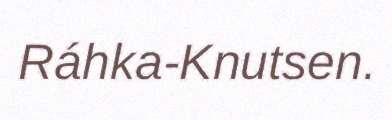
Ráhka-Knutsen.